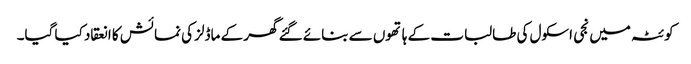
کوئٹہ میں نجی اسکول کی طالبات کے ہا تھوں سے بنائے گئے گھر کے ماڈلز کی نمائش کا انعقاد کیا گیا۔